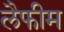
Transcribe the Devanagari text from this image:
लैफीम